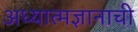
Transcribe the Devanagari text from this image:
अध्यात्मज्ञानाची